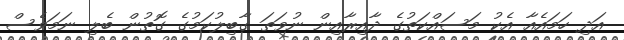
އަދި ހަމައެއާ އެކު މަސައްކަތުގެ ދާއިރާއިން ނުވަތަ ގާބިލުކަމުގެ ގޮތުން ބެލި ނަމަވެސް